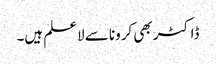
ڈاکٹر بھی کرونا سے لاعلم ہیں۔